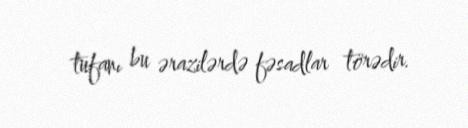
tufanı bu ərazilərdə fəsadlar törədir.